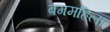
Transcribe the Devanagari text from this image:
बगमहिला